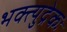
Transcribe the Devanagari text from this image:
भक्त्युद्रेकः